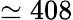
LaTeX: \simeq 408